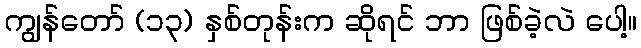
ကျွန်တော် (၁၃) နှစ်တုန်းက ဆိုရင် ဘာ ဖြစ်ခဲ့လဲ ပေါ့။